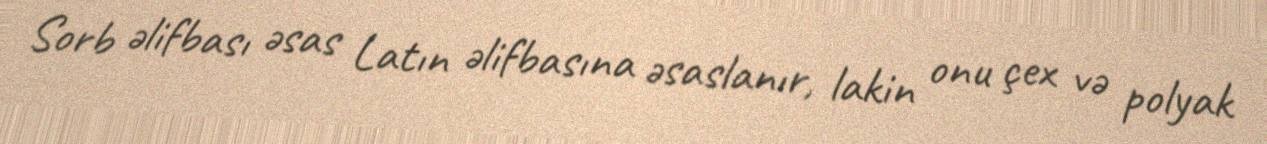
Sorb əlifbası əsas Latın əlifbasına əsaslanır, lakin onu çex və polyak